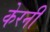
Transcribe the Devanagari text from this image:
केरनी